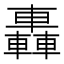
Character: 轟